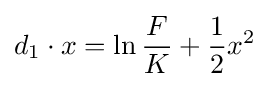
d_{1}\cdot x=\ln {\frac {F}{K}}+{\frac {1}{2}}x^{2}